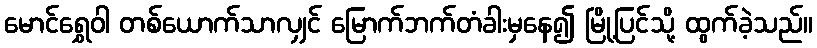
မောင်ရွှေဝါ တစ်ယောက်သာလျှင် မြောက်ဘက်တံခါးမှနေ၍ မြို့ပြင်သို့ ထွက်ခဲ့သည်။